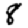
Digit: 8